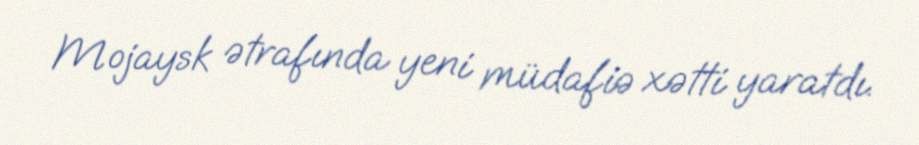
Mojaysk ətrafında yeni müdafiə xətti yaratdı.